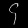
Digit: ၄